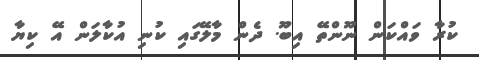
ކުރާ ވައްކަން ނޫންތޭ އިބޫ. ދެން މާލޭގައި ކުނި އުކާލަން އޭ ކިޔާ